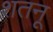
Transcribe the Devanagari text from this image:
शतनू